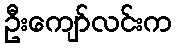
ဦးကျော်လင်းက